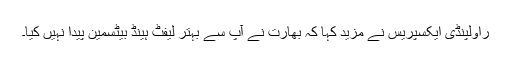
راولپنڈی ایکسپریس نے مزید کہا کہ بھارت نے آپ سے بہتر لیفٹ ہینڈ بیٹسمین پیدا نہیں کیا۔